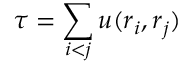
\tau = \sum _ { i < j } u ( \boldsymbol { r } _ { i } , \boldsymbol { r } _ { j } )